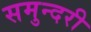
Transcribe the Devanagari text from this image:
समुन्दरी